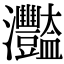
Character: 𤅿